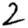
Digit: 2